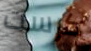
كرست